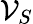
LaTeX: \mathcal{V}_{S}